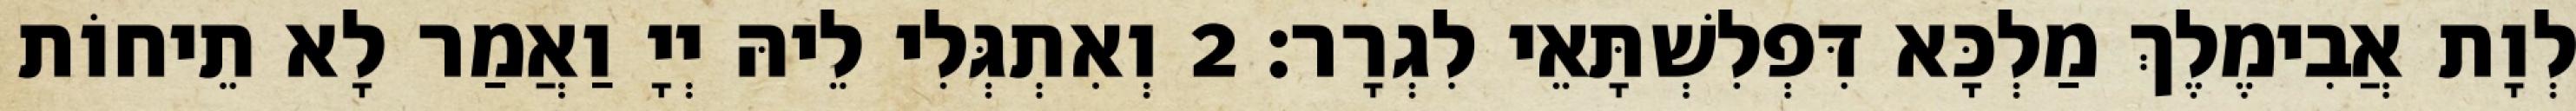
לְוָת אֲבִימֶלֶךְ מַלְכָּא דִּפְלִשְׁתָּאֵי לִגְרָר׃ 2 וְאִתְגְּלִי לֵיהּ יְיָ וַאֲמַר לָא תֵיחוֹת